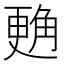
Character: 𲁜